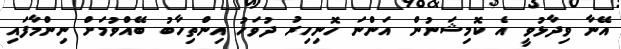
އޭނާ ވިދާޅުވީ އެ ކޮމިޝަނުން އަންނަ ހޮނިހިރު ދުވަހު އިންތިހާބު ބޭއްވުމަށް ނިންމާފައި